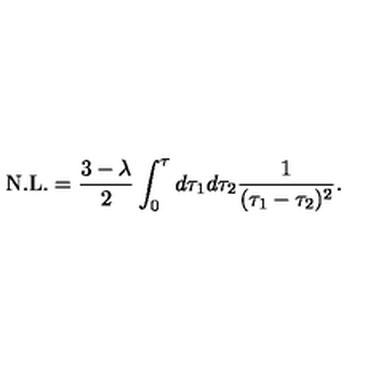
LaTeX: \mathrm { N . L . } = \frac { 3 - \lambda } { 2 } \int _ { 0 } ^ { \tau } d \tau _ { 1 } d \tau _ { 2 } \frac { 1 } { ( \tau _ { 1 } - \tau _ { 2 } ) ^ { 2 } } .